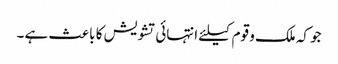
جو کہ ملک و قوم کیلئے انتہائی تشویش کا باعث ہے ۔